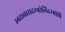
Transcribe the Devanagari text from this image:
स्वरावासदम्भोलिदम्भोपि